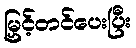
မြှင့်တင်ပေးပြီး